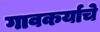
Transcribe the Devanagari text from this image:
गावकर्याचे